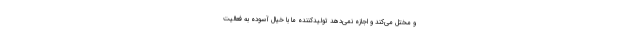
و مختل می‌کند و اجازه نمی‌دهد تولیدکننده ما با خیال آسوده به فعالیت